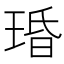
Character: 琘